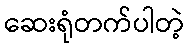
ဆေးရုံတက်ပါတဲ့